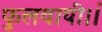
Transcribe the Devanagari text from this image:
फुलवायी।।ं